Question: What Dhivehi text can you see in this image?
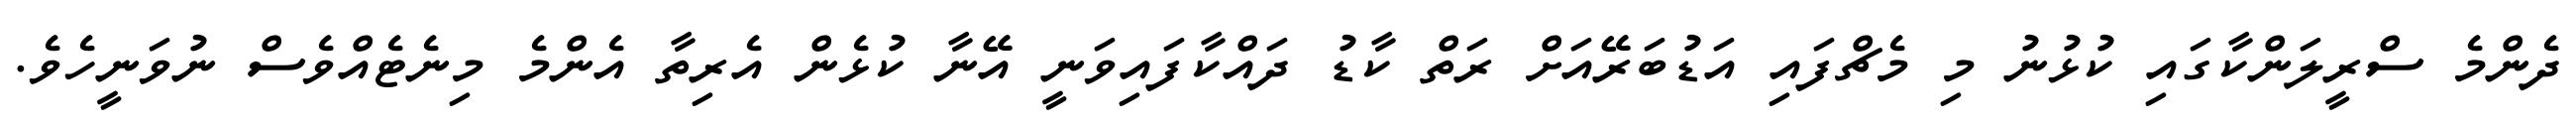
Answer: ދެންމެ ސްރީލަންކާގައި ކުޅުނު މި މެޗްފައި އަޑުބަރޭއަށް ރަތް ކާޑު ދައްކާފައިވަނީ އޭނާ ކުޅެން އެރިތާ އެންމެ މިނެޓެއްވެސް ނުވަނީހެވެ.